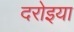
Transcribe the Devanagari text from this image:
दरोइया